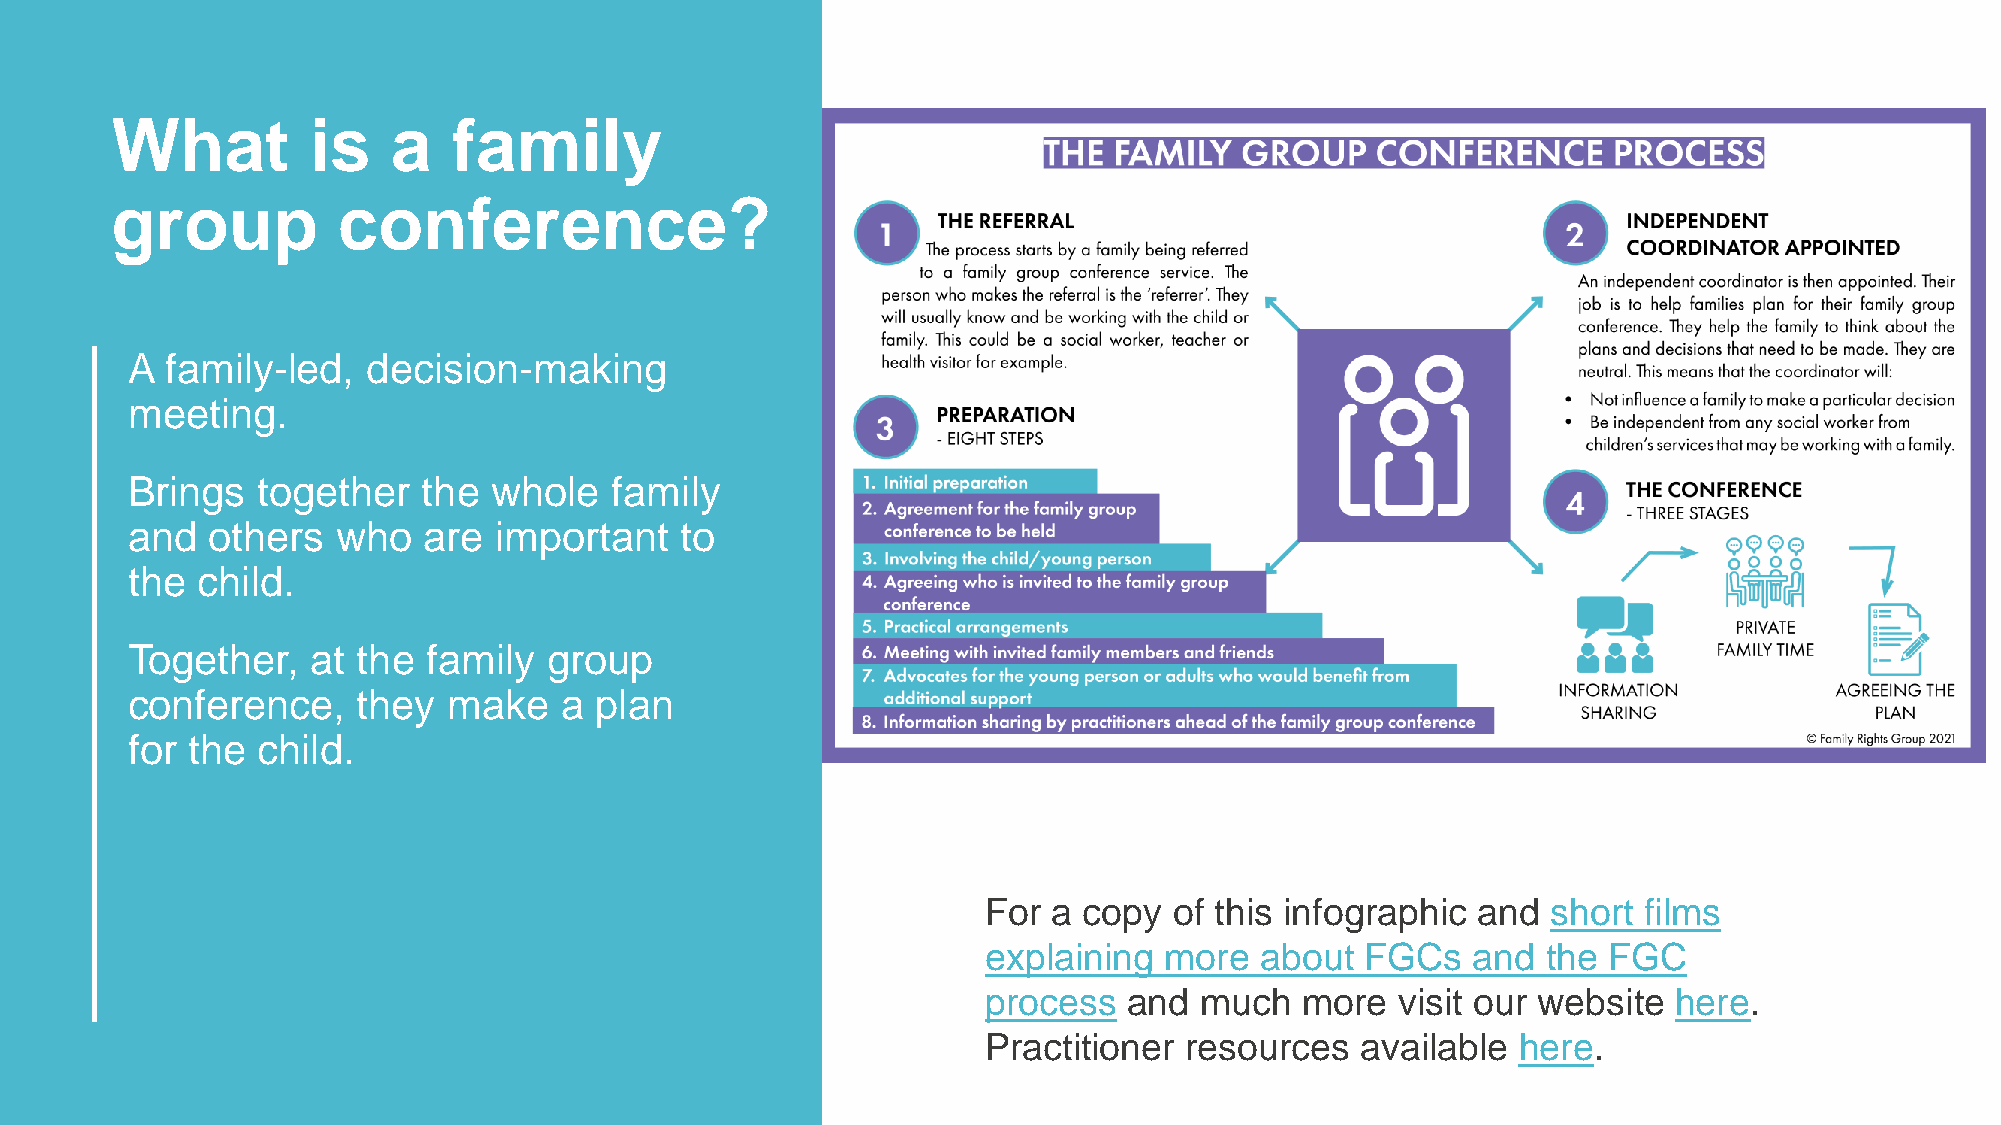
What         is    a   family
 group          conference?
 A  family-led,  decision-making
 meeting.
 Brings   together   the  whole  family
 and   others  who   are  important   to
 the  child.
 Together,    at the family  group
 conference,     they  make   a plan
 for the  child.
 For  a copy  of this infographic and  short films
 explaining  more  about  FGCs   and  the FGC
 process   and much   more   visit our website here.
 Practitioner resources   available  here.